V__Kingissepa_nim__kolhoos, lk 47
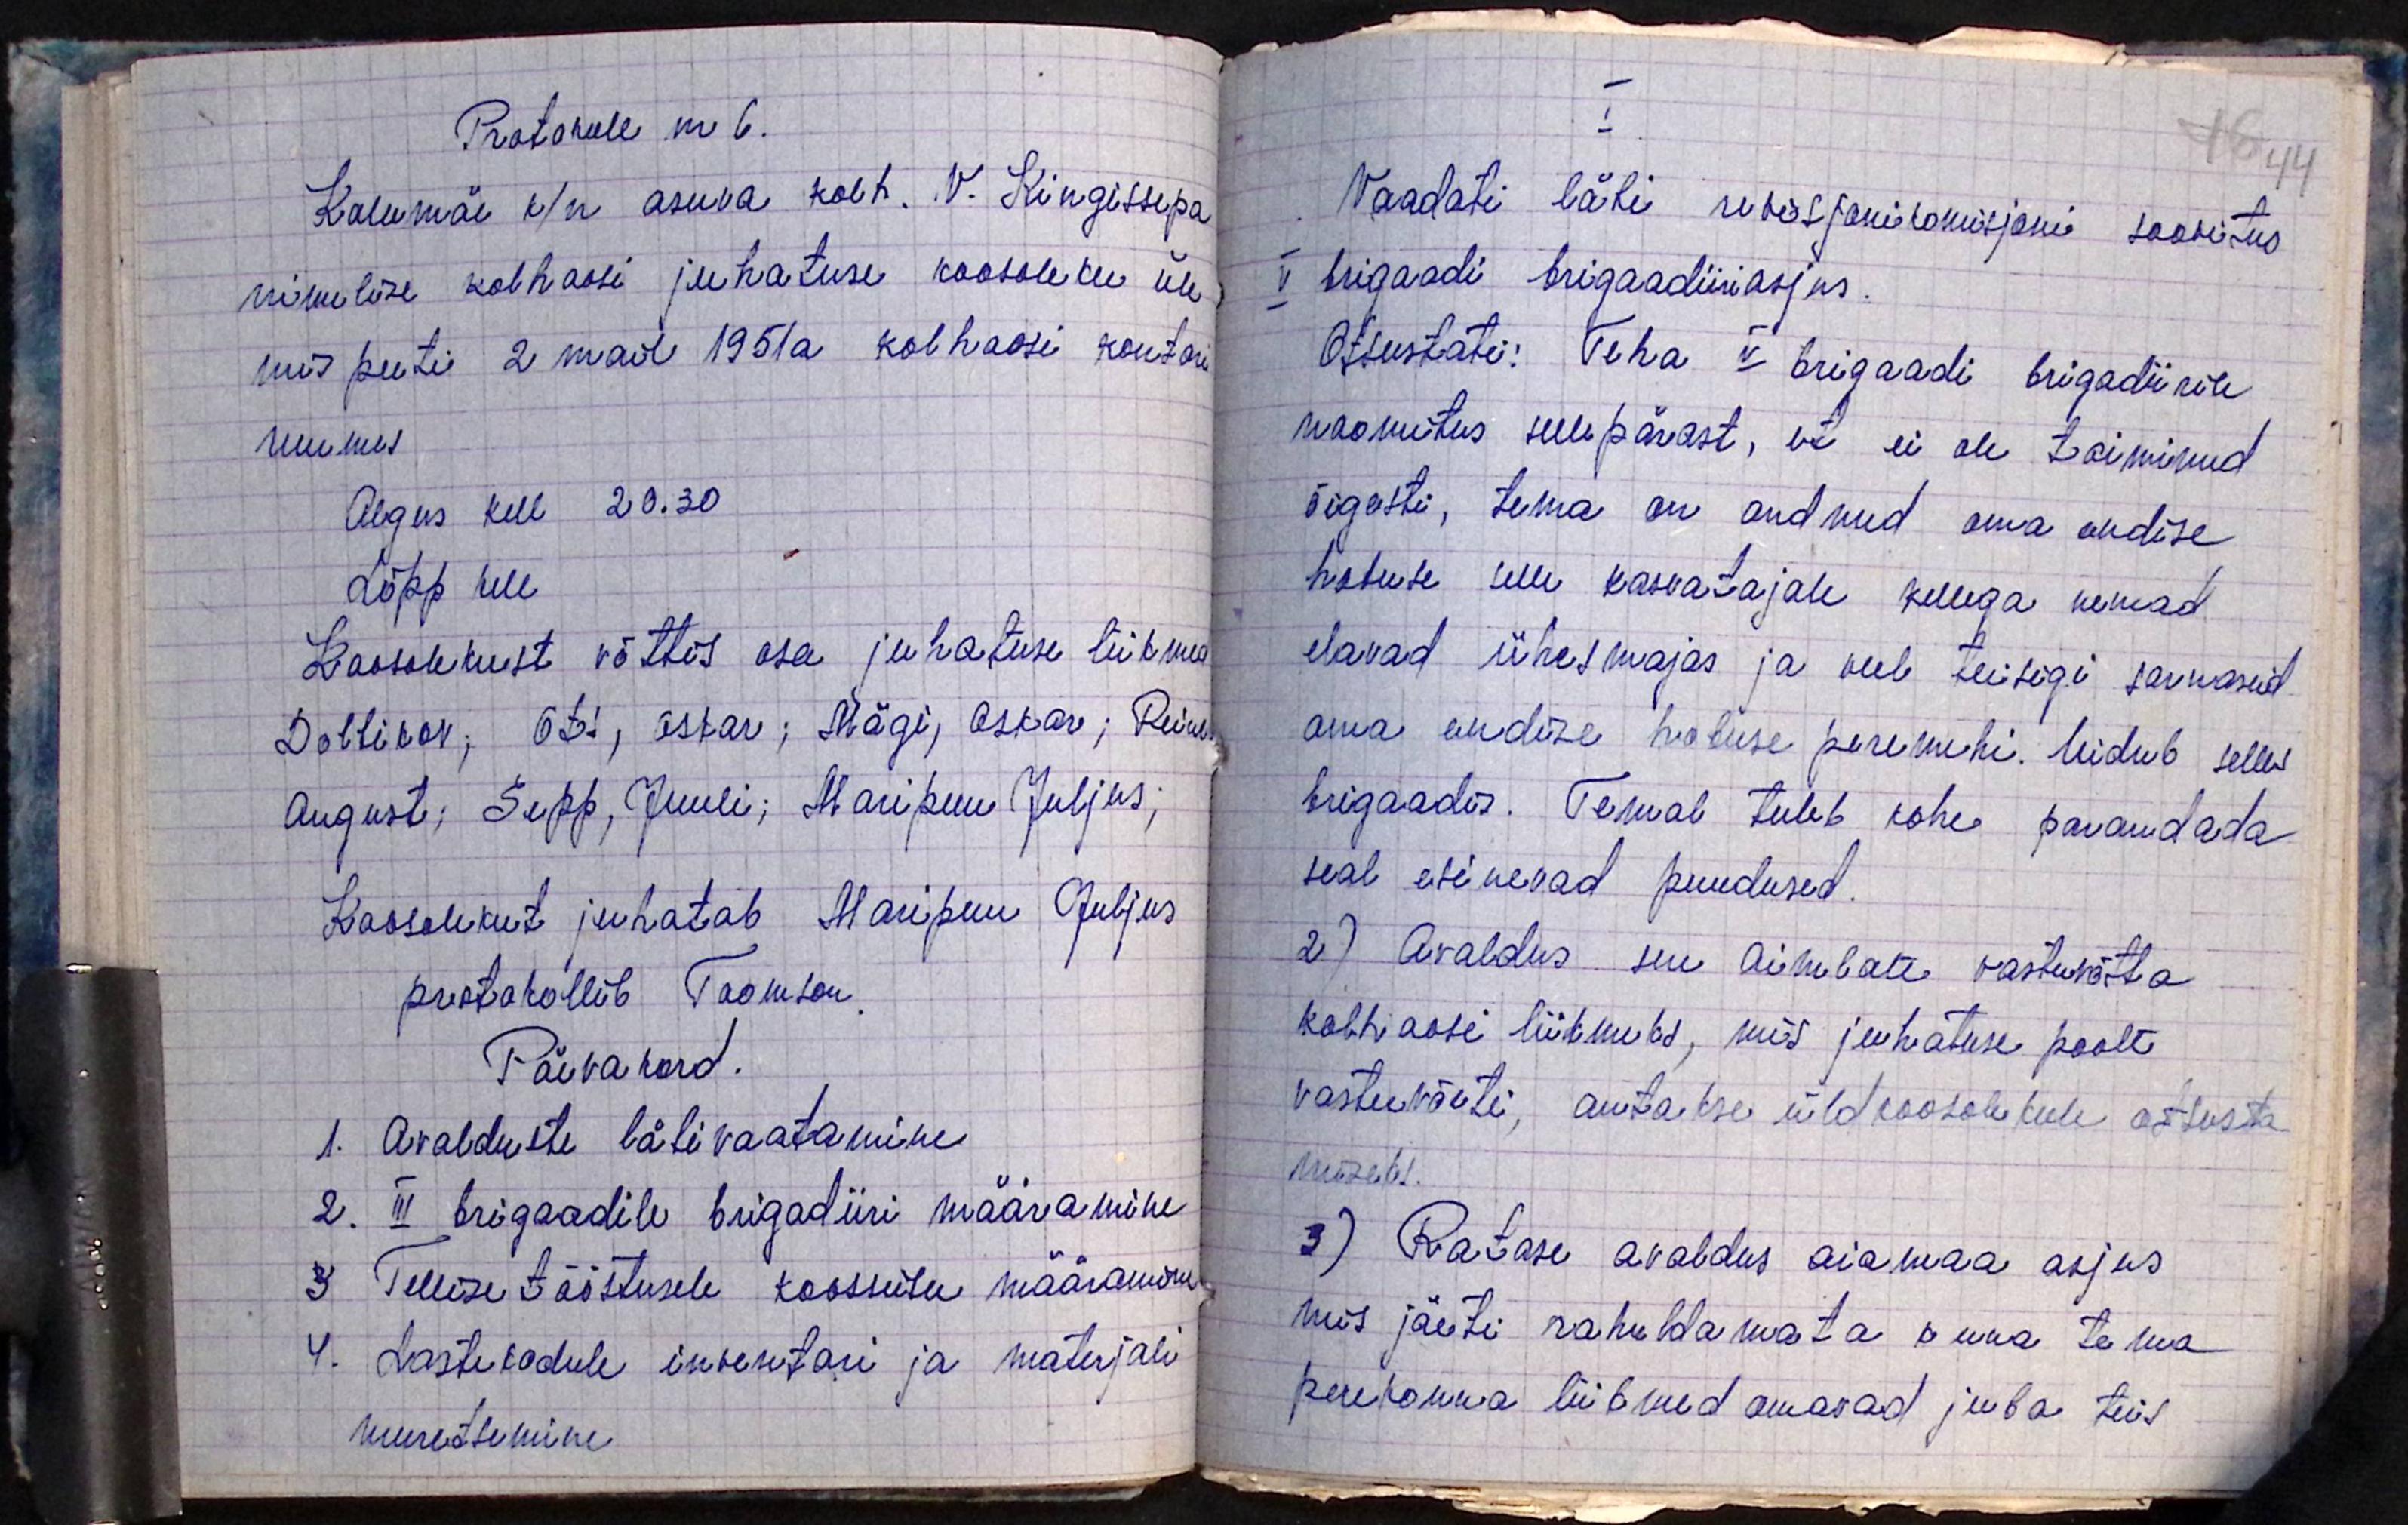
Protokoll nr 6.
Kallemäe k/n asuva kolh. V. Kingissepa
nimelise kolhoosi juhatuse koosoleku üle
mis peeti 2 mail 1951a kolhoosi kontori
ruumes
Algus kell 20.30
Lõpp kell
Koosolekust võttis osa juhatuse liikmed
Dolbikov; Ots, Ostar; Mägi, Oskar; Reinem
August; Sepp, Juuli; Maripuu Juljus;
Koosolekut juhatab Maripuu Juljus
protokollib Toomson
Päevakord.
1. Avalduste läbivaatamine
2. III brigaadile brigadiiri määramine
3 Tellise tööstusele koosseisu määramine
4. Lastekodule inventari ja materjali
muretsemine

I
Vaadati läbi revisjonikomisjoni soovitus
V brigaadi brigaadiiri asjus.
Otsustati: Teha V brigaadi brigadiirile
noomitus sellepärast, et ei ole toiminud
õigesti, tema on andnud oma endise
hobuse selle kasvatajale kellega nemad
elavad ühes majas ja veel teisigi sarnaseid
oma endise hobuse peremehi. leidub selles
brigaadis. Temal tuleb kohe parandada
seal esinevad puudused.
2) Avaldus sm Aimlate vastuvõtta
kolhoosi liikmeks, mis juhatuse poolt
vastuvõeti, antakse üldkoosolekule otsusta
miseks.
3) Ratase avaldus aiamaa asjus
mis jäeti rahuldamata kuna tema
perekonna liikmed omavad juba teist